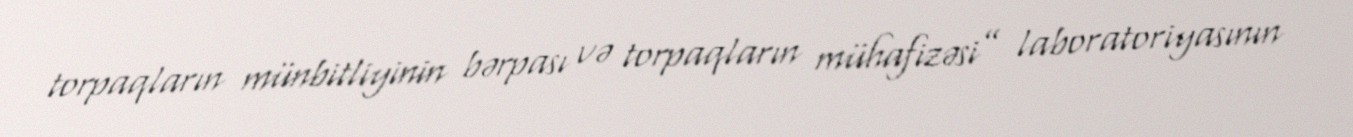
torpaqların münbitliyinin bərpası və torpaqların mühafizəsi” laboratoriyasının